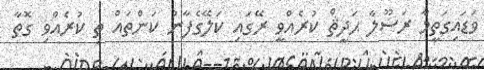
ވަޑައިގަތީމާ ރަސޫލާ ޙަދީޘް ކުރެއްވީ ރޭގައި ކަލޭގެފާނު ކަންތައް ތި ކުރެއްވި ގޮތާ